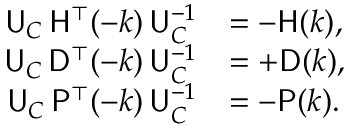
\begin{array} { r l } { { \sf U } _ { C } \, { \sf H } ^ { \top } ( - k ) \, { \sf U } _ { C } ^ { - 1 } } & { = - { \sf H } ( k ) , } \\ { { \sf U } _ { C } \, { \sf D } ^ { \top } ( - k ) \, { \sf U } _ { C } ^ { - 1 } } & { = + { \sf D } ( k ) , } \\ { { \sf U } _ { C } \, { \sf P } ^ { \top } ( - k ) \, { \sf U } _ { C } ^ { - 1 } } & { = - { \sf P } ( k ) . } \end{array}